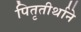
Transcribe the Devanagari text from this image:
पितृतीर्थाने